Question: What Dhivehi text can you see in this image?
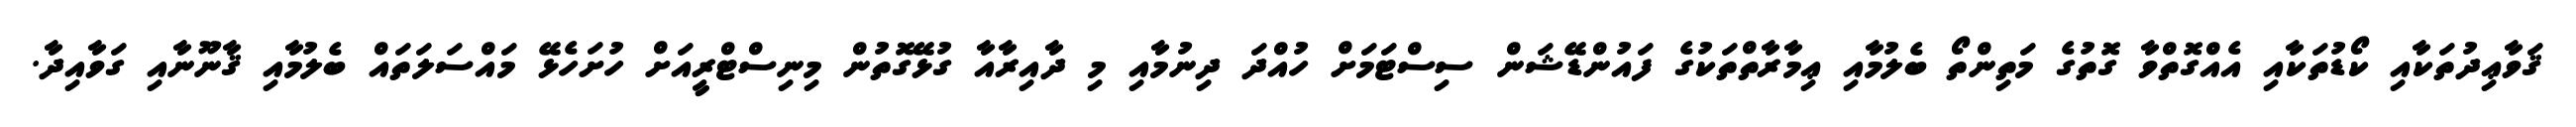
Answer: ޤަވާޢިދުތަކާއި ކޯޑުތަކާއި އެއްގޮތްވާ ގޮތުގެ މަތިންތޯ ބެލުމާއި ޢިމާރާތްތަކުގެ ފައުންޑޭޝަން ސިސްޓަމަށް ހުއްދަ ދިނުމާއި މި ދާއިރާއާ ގުޅޭގޮތުން މިނިސްޓްރީއަށް ހުށަހެޅޭ މައްސަލަތައް ބެލުމާއި ޤާނޫނާއި ގަވާއިދާ.